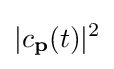
|c_{\textbf {p}}(t)|^{2}